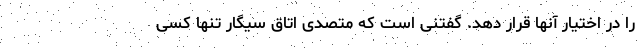
را در اختیار آنها قرار دهد. گفتنی است که متصدی اتاق سیگار تنها کسی